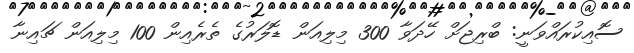
ސޮއިކުރައްވަނީ: ބްރިޖަށް ހޭދަވާ 300 މިލިއަން ޑޮލަރުގެ ތެރެއިން 100 މިލިއަން ޗައިނާ